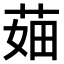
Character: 𦲣